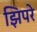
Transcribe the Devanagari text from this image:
झिपरे